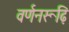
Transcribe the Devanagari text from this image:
वर्णनरूढ़ि